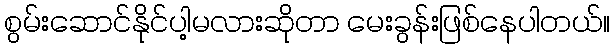
စွမ်းဆောင်နိုင်ပါ့မလားဆိုတာ မေးခွန်းဖြစ်နေပါတယ်။